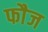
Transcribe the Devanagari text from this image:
फाैज